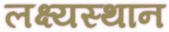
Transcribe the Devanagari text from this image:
लक्ष्यस्थान